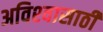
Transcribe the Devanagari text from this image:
अविश्‍वासाठी